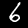
Label: 6